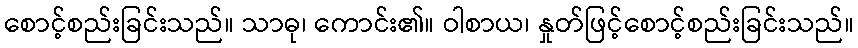
စောင့်စည်းခြင်းသည်။ သာဓု၊ ကောင်း၏။ ဝါစာယ၊ နှုတ်ဖြင့်စောင့်စည်းခြင်းသည်။